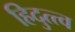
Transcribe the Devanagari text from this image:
हिदुत्त्व